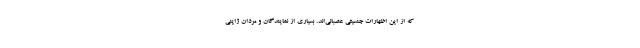
که از این اظهارات جنسیتی عصبانی‌اند. بسیاری از نمایندگان و مردان ژاپنی